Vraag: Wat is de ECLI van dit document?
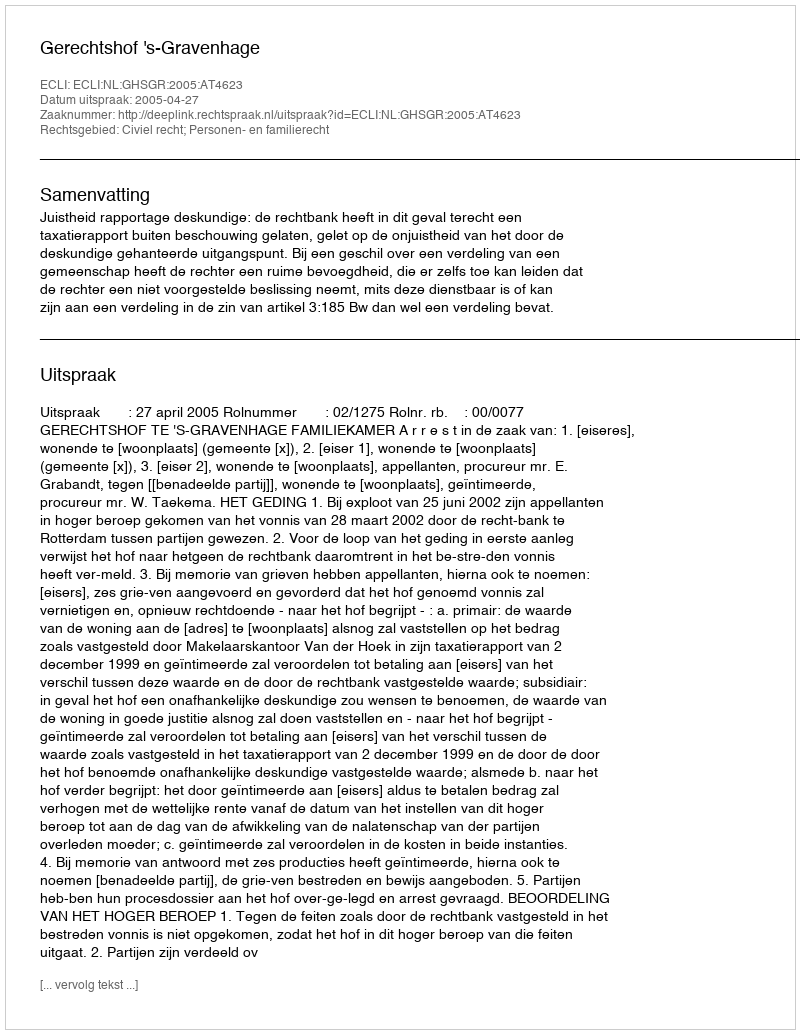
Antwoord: ECLI:NL:GHSGR:2005:AT4623